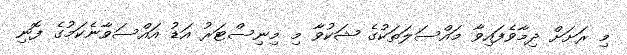
މި ރަށަށް ދިމާވެފައިވާ މައްސަލަތަކުގެ ޝަކުވާ މި މިނިސްޓަރު އަޑު އައްސަވާނެކަމުގެ ފޮނި